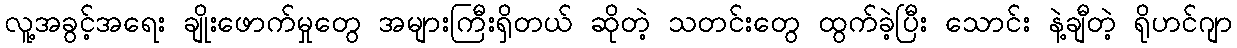
လူ့အခွင့်အရေး ချိုးဖောက်မှုတွေ အများကြီးရှိတယ် ဆိုတဲ့ သတင်းတွေ ထွက်ခဲ့ပြီး သောင်း နဲ့ချီတဲ့ ရိုဟင်ဂျာ